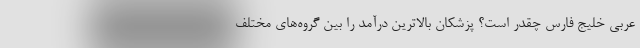
عربی خلیج فارس چقدر است؟ پزشکان بالاترین درآمد را بین گروه‌های مختلف